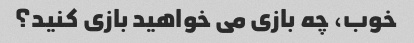
خوب، چه بازی می خواهید بازی کنید؟